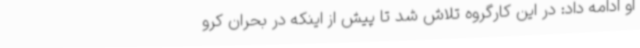
او ادامه داد: در این کارگروه تلاش شد تا پیش از اینکه در بحران کرو